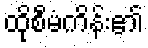
ထိုစီမံကိန်း၏